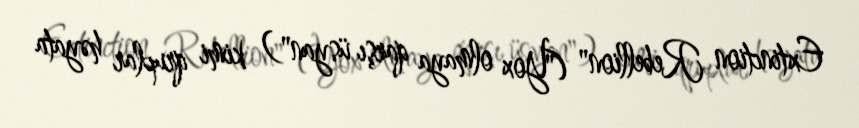
Extinction Rebellion" ("Yox olmaya qarşı üsyan") kimi qruplar həyata